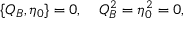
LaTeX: \{ Q _ { B } , \eta _ { 0 } \} = 0 , \quad Q _ { B } ^ { 2 } = \eta _ { 0 } ^ { 2 } = 0 ,